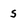
Character: s